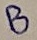
Text: B